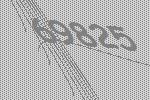
69825